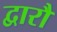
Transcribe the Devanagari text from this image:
द्वारौ